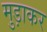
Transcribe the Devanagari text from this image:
मुड़ाकर